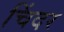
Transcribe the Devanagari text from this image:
चिंदर